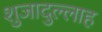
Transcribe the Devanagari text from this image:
शुजादुल्लाह